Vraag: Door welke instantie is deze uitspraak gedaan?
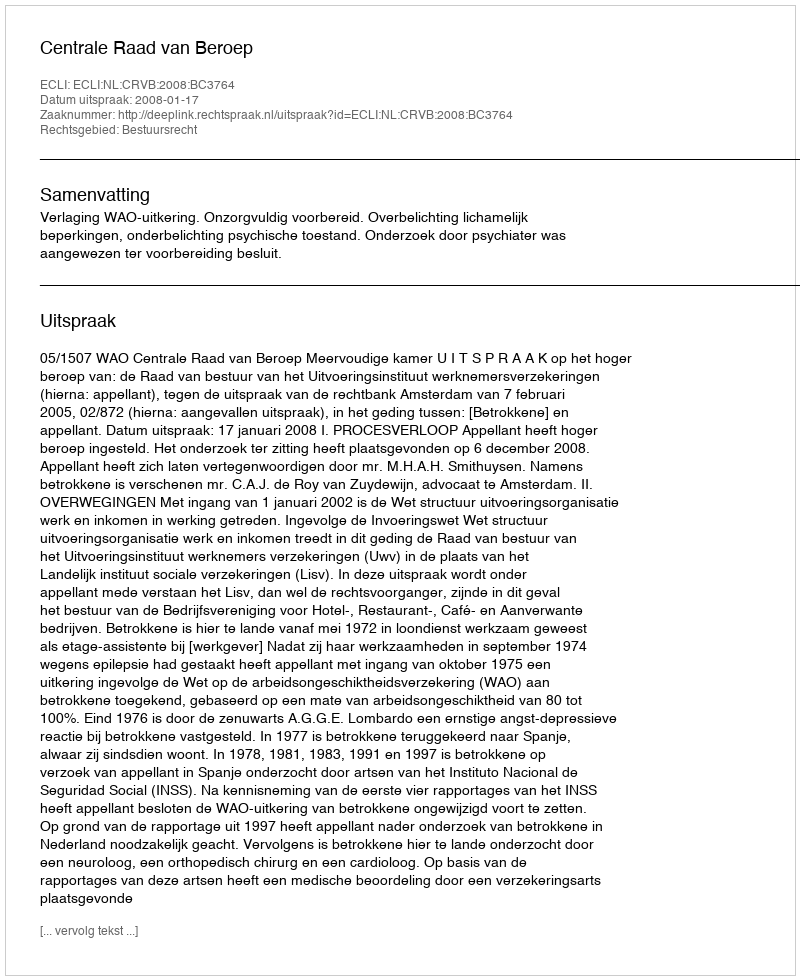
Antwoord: Centrale Raad van Beroep